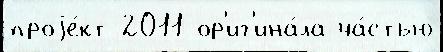
проjе́кт 2011 ор'иг'ина́ла ча́стью